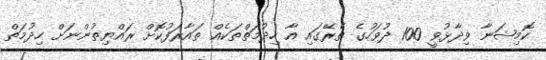
ކޮމިޝަނާ ވިދާޅުވީ 100 ދުވަހުގެ ތެރޭގައި އާ ހިދުމަތްތަކެއް ތައާރަފުކޮށް ރައްޔިތުންނަށް ހިދުމަތް